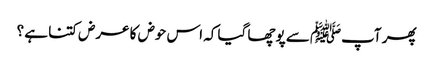
پھر آپﷺ سے پوچھا گیا کہ اس حوض کا عرض کتنا ہے ؟